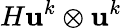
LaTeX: H\mathbf{u}^{k}\otimes\mathbf{u}^{k}